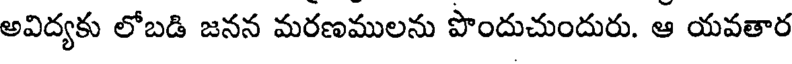
అవిద్యకు లోబడి జనన మరణములను పొందుచుందురు. ఆ యవతార